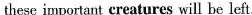
these important creatores will be left.